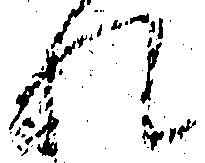
れ